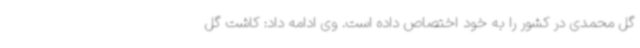
گل محمدی در کشور را به خود اختصاص داده است. وی ادامه داد: کاشت گل